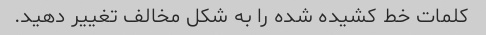
کلمات خط کشیده شده را به شکل مخالف تغییر دهید.